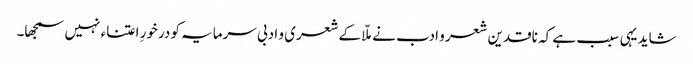
شاید یہی سبب ہے کہ ناقدین شعر و ادب نے ملّا کے شعری و ادبی سرمایہ کو درخورِ اعتناء نہیں سمجھا۔